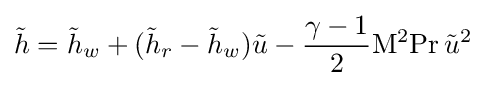
{\tilde {h}}={\tilde {h}}_{w}+({\tilde {h}}_{r}-{\tilde {h}}_{w}){\tilde {u}}-{\frac {\gamma -1}{2}}\mathrm {M} ^{2}\mathrm {Pr} \,{\tilde {u}}^{2}